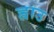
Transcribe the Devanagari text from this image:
ह्वाउ